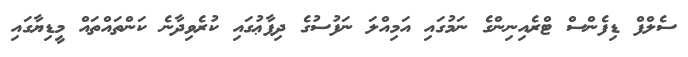
ސެލްފް ޑިފެންސް ޓްރެއިނިންގެ ނަމުގައި އަމިއްލަ ނަފުސުގެ ދިފާޢުގައި ކުރެވިދާނެ ކަންތައްތައް މީޑިޔާގައި